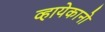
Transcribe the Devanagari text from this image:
व्हायेकानो